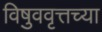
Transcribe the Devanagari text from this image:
विषुववृत्तच्या